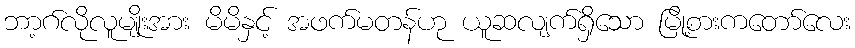
ဘာ့ဂ်လိုလူမျိုးအား မိမိနှင့် အဖက်မတန်ဟု ယူဆလျက်ရှိသော မြို့စားကတော်လေး